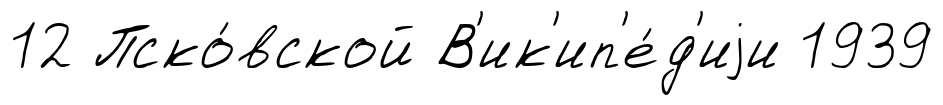
12 Пско́вской В'ик'ип'е́д'иjи 1939